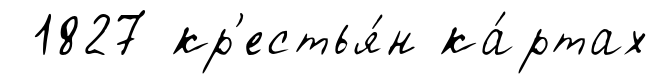
1827 кр'естья́н ка́ртах